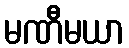
မဏီမယာ